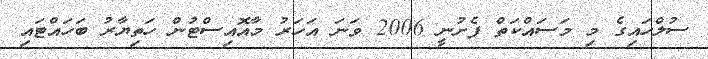
ސުލްހައިގެ މި މަސައްކަތް ފެށުނީ 2006 ވަނަ އަހަރު މާއޮއިސްޓުން ހަތިޔާރު ބަހައްޓައި